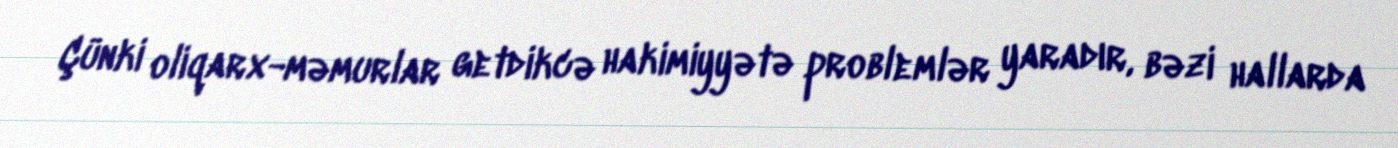
Çünki oliqarx-məmurlar getdikcə hakimiyyətə problemlər yaradır, bəzi hallarda